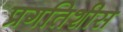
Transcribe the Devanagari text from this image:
प्रगतिशीस